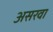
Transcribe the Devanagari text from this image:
असरवा